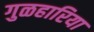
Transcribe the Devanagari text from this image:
गुळहारिया